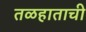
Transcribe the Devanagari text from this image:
तळहाताची